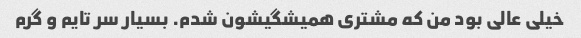
خیلی عالی بود من که مشتری همیشگیشون شدم. بسیار سر تایم و گرم